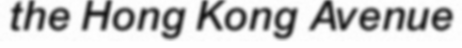
the Hong Kong Avenue